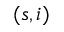
( s , i )